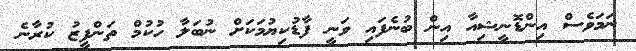
ނަމަވެސް އިންޑޮނީޝިއާ އިން ބުނެފައި ވަނީ ފާޑުކިޔުމަކަށް ނުބަލާ ހުކުމް ތަންފީޒު ކުރާނެ